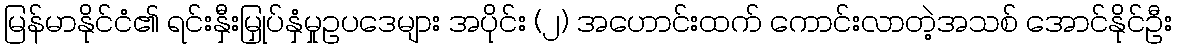
မြန်မာနိုင်ငံ၏ ရင်းနှီးမြှုပ်နှံမှုဥပဒေများ အပိုင်း (၂) အဟောင်းထက် ကောင်းလာတဲ့အသစ် အောင်နိုင်ဦး